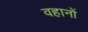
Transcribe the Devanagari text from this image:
वहानों